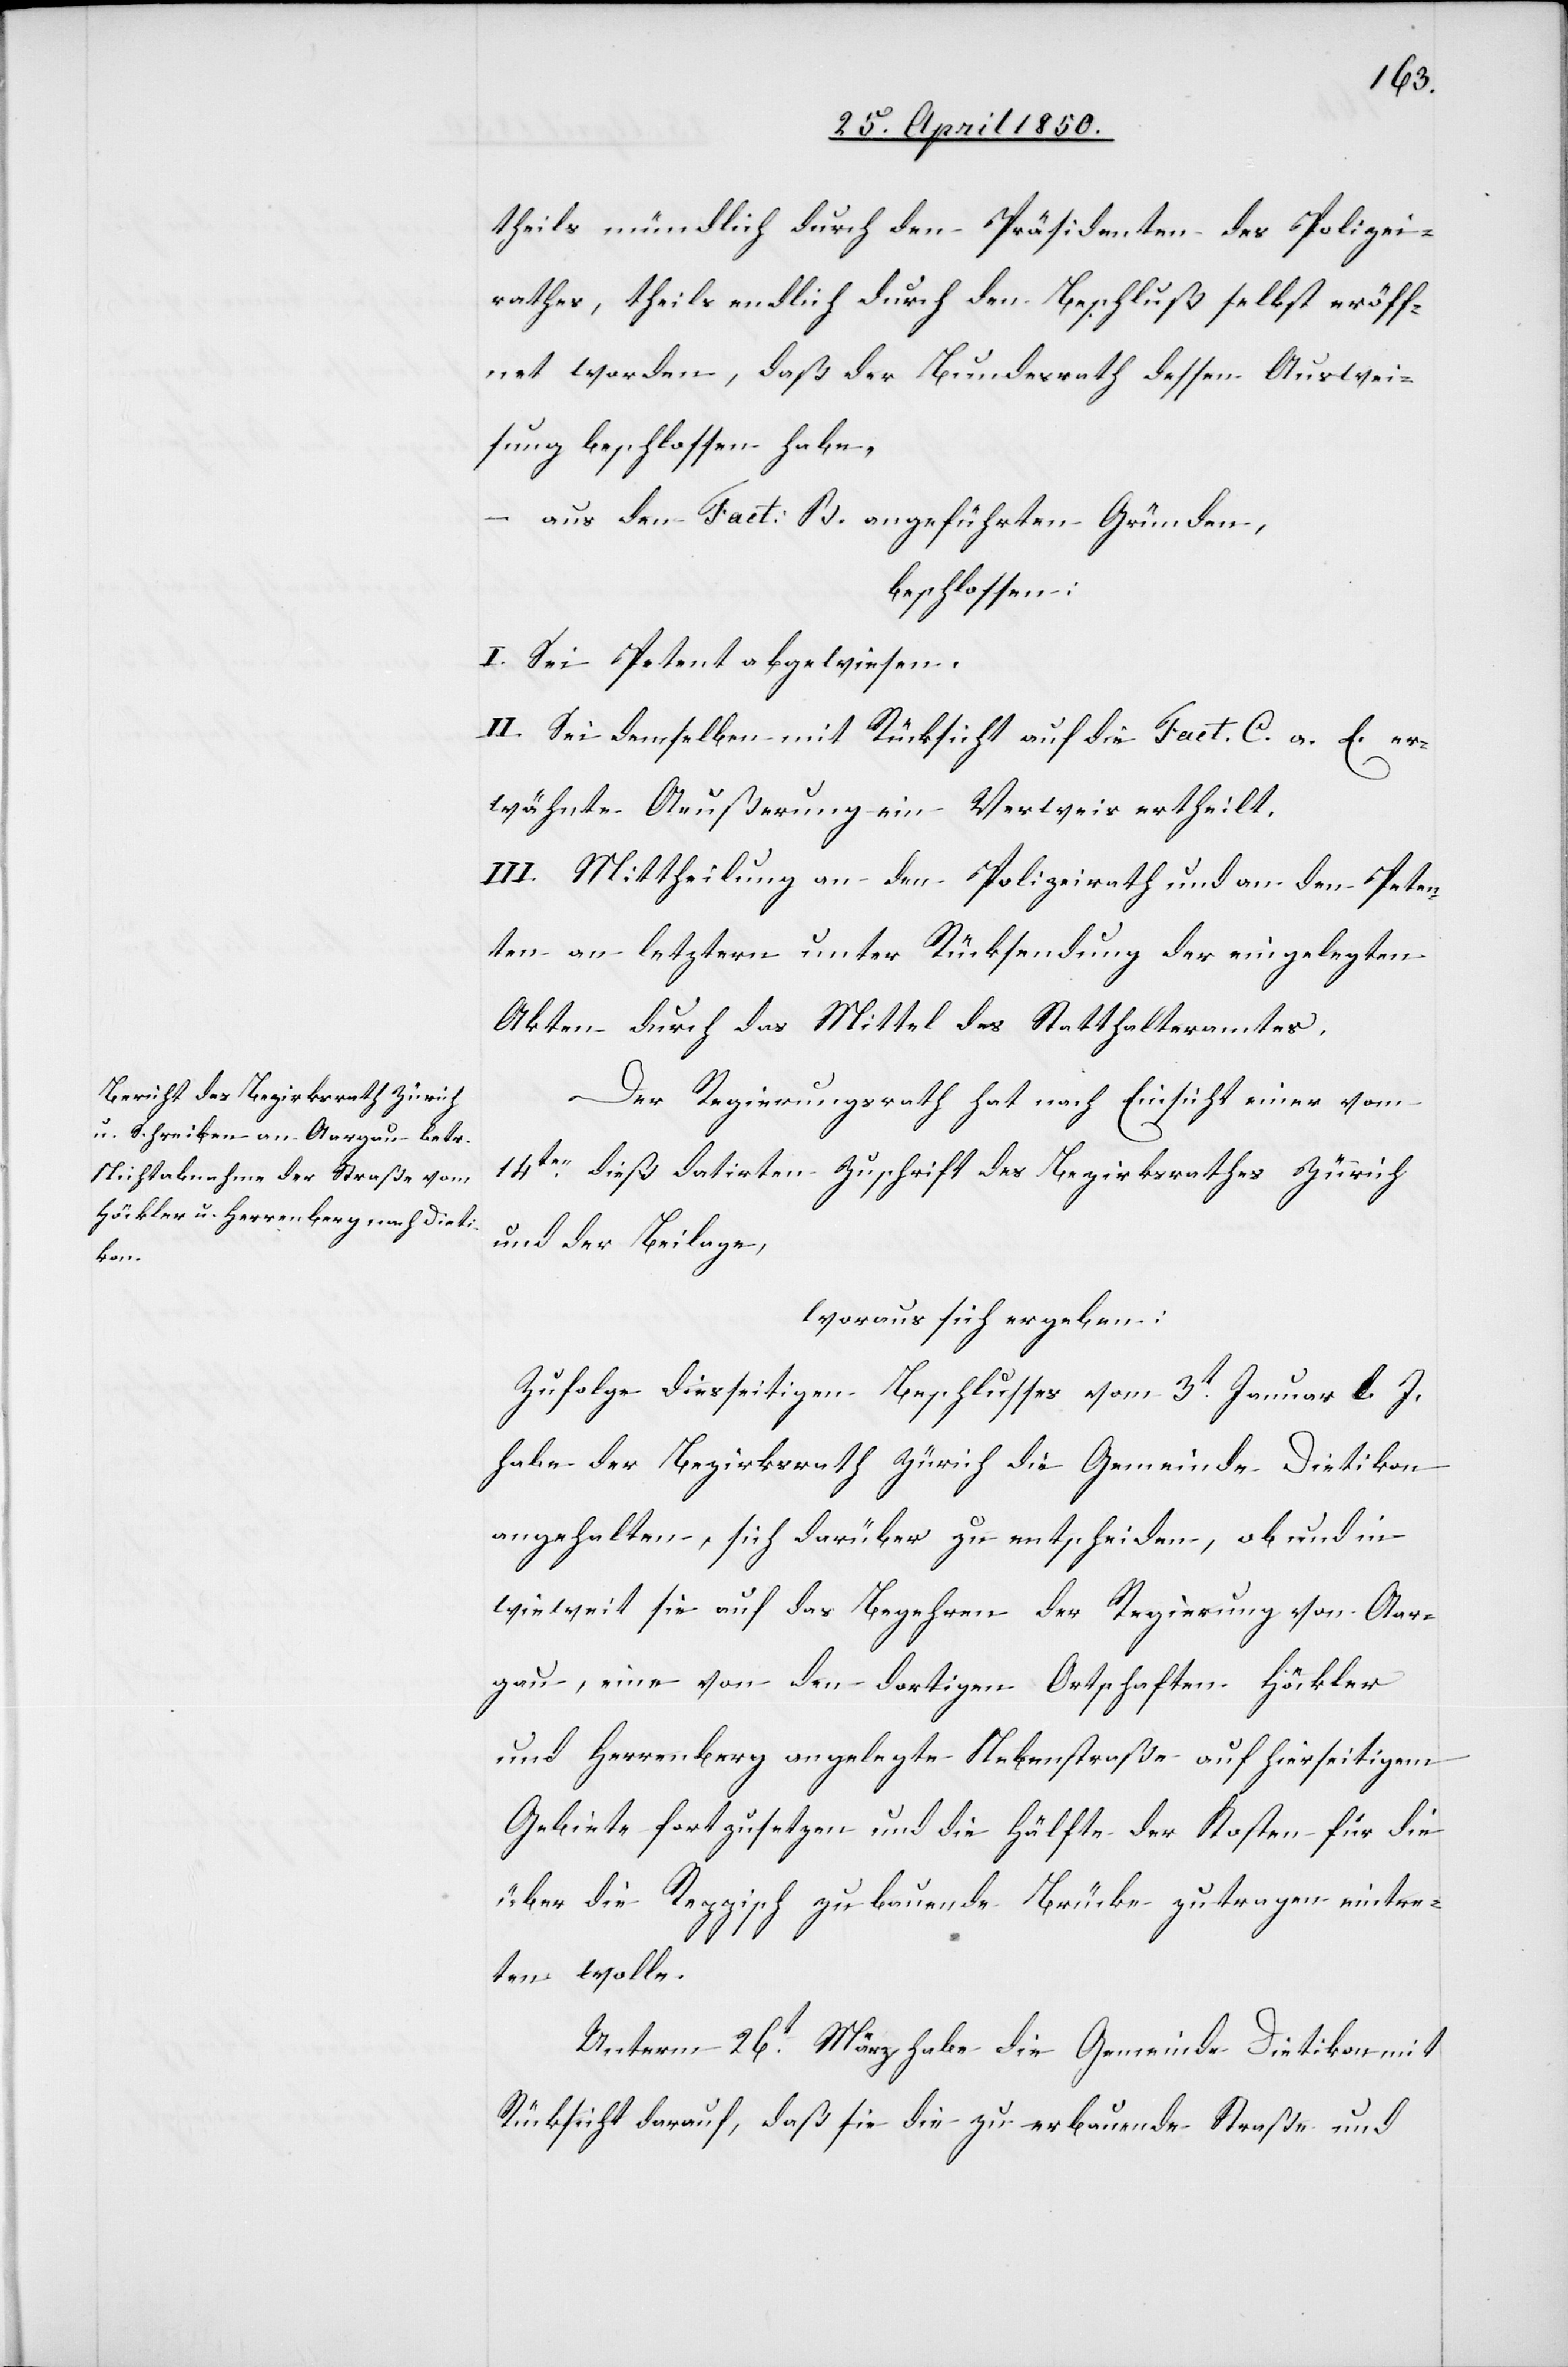
theils mündlich durch den Präsidenten des Polizei¬
rathes, theils endlich durch den Beschluß selbst eröff¬
net worden, daß der Bundesrath dessen Auswei¬
sung beschlossen habe,
[unter] Fact: B. angeführten Gründen,
beschlossen:
I. Sei Petent abgewiesen.
II. Sei demselben mit Rücksicht auf die [unter] Fact. C. a[m]
wähnte Aeußerung ein Verweis ertheilt.
III. Mittheilung an den Polizeirath und an den Peten¬
ten an letztern unter Rücksendung der eingelegten
Akten durch das Mittel des Statthalteramtes.
Der Regierungsrath hat nach Einsicht einer vom
14ten dieß datirten Zuschrift des Bezirksrathes Zürich
und der Beilage,
woraus sich ergeben:
Zufolge diesseitigen Beschlusses vom 3t Januar l. J.
habe der Bezirksrath Zürich die Gemeinde Dietikon
angehalten, sich darüber zu entscheiden, ob und in
wieweit sie auf das Begehren der Regierung von Aar¬
gau, eine von den dortigen Ortschaften Höckler
und Herrenberg angelegte Nebenstraße auf hierseitigem
Gebiete fortzusetzen und die Hälfte der Kosten für die
über die Reppisch zu bauende Brücke zu tragen eintre¬
ten wolle.
Unterm 26t März habe die Gemeinde Dietikon mit
Rücksicht darauf, daß sie die zu erbauende Straße und

er¬